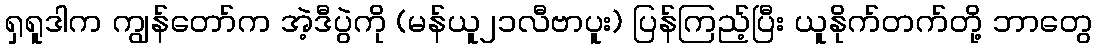
ရှရူဒါက ကျွန်တော်က အဲ့ဒီပွဲကို (မန်ယူ၂၁လီဗာပူး) ပြန်ကြည့်ပြီး ယူနိုက်တက်တို့ ဘာတွေ